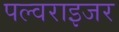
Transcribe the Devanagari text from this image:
पल्वराइजर